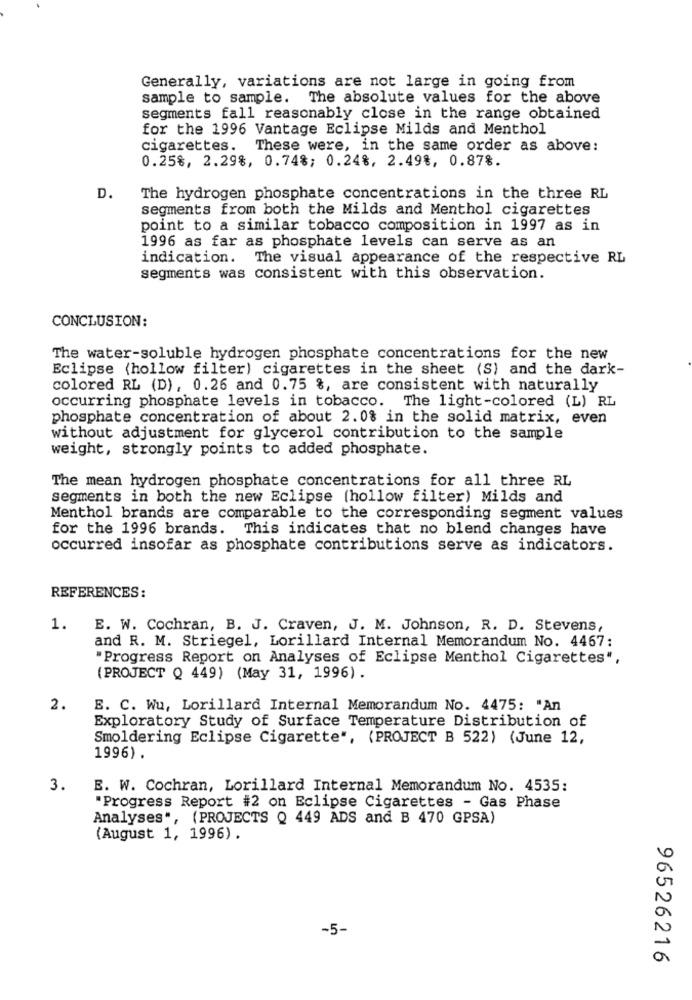
Generally, variations are not large in going from
sample to sample. The absolute values for the above
segments fall reasonably close in the range obtained
for the 1996 Vantage Eclipse Milds and Menthol
cigarettes.
These were, in the same order as above:
0.25%, 2.29%, 0.74%; 0.24%, 2.49%, 0.87%.
D.
The hydrogen phosphate concentrations in the three RL
segments from both the Milds and Menthol cigarettes
point to a similar tobacco composition in 1997 as in
1996 as far as phosphate levels can serve as an
indication. The visual appearance of the respective RL
segments was consistent with this observation.
CONCLUSION:
The water-soluble hydrogen phosphate concentrations for the new
Eclipse (hollow filter) cigarettes in the sheet (S) and the dark-
colored RL (D), 0.26 and 0.75 %, are consistent with naturally
occurring phosphate levels in tobacco. The light-colored (L) RL
phosphate concentration of about 2. 0% in the solid matrix, even
without adjustment for glycerol contribution to the sample
weight, strongly points to added phosphate.
The mean hydrogen phosphate concentrations for all three RL
segments in both the new Eclipse (hollow filter) Milds and
Menthol brands are comparable to the corresponding segment values
for the 1996 brands. This indicates that no blend changes have
occurred insofar as phosphate contributions serve as indicators.
REFERENCES :
1.
E. W. Cochran, B. J. Craven, J. M. Johnson, R. D. Stevens,
and R. M. Striegel, Lorillard Internal Memorandum No. 4467:
"Progress Report on Analyses of Eclipse Menthol Cigarettes",
(PROJECT Q 449) (May 31, 1996).
2.
E. C. Wu, Lorillard Internal Memorandum No. 4475: "An
Exploratory Study of Surface Temperature Distribution of
Smoldering Eclipse Cigarette", (PROJECT B 522) (June 12,
1996).
3.
E. W. Cochran, Lorillard Internal Memorandum No. 4535:
"Progress Report #2 on Eclipse Cigarettes - Gas Phase
Analyses", (PROJECTS Q 449 ADS and B 470 GPSA)
(August 1, 1996).
-5-
96526216